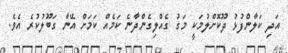
އަދި ކަލާންފުޅު ދޫކޮށްލުމަކީ މަގު ގެއްލިގެންދާނެ ކަމެއް ކަމަށް އޭނާ ގަބޫލުކުރެ އެވެ.